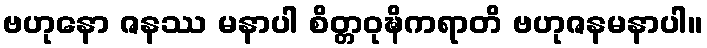
ဗဟုနော ဇနဿ မနာပါ စိတ္တဝုဍ္ဎိကရာတိ ဗဟုဇနမနာပါ။